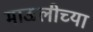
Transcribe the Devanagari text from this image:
माऊलीच्या